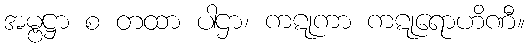
အမ္ဗဋ္ဌာ စ တထာ ပါဌာ၊ ကဋုကာ ကဋုရောဟိဏီ။